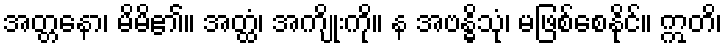
အတ္တနော၊ မိမိ၏။ အတ္ထံ၊ အကျိုးကို။ န အဗန္ဓိသုံ၊ မဖြစ်စေနိုင်။ ဣတိ၊